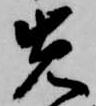
先